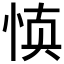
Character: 𰑝